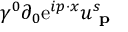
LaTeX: \gamma ^ { 0 } \partial _ { 0 } \mathrm { e } ^ { i p \cdot x } u _ { \textbf { p } } ^ { s }